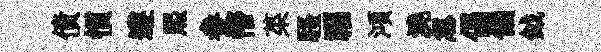
債慣遵熙参懵菜騷福澒澆忽偈偏鉞